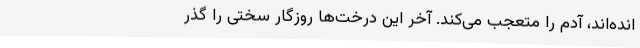
انده‌اند، آدم را متعجب می‌کند. آخر این درخت‌ها روزگار سختی را گذر